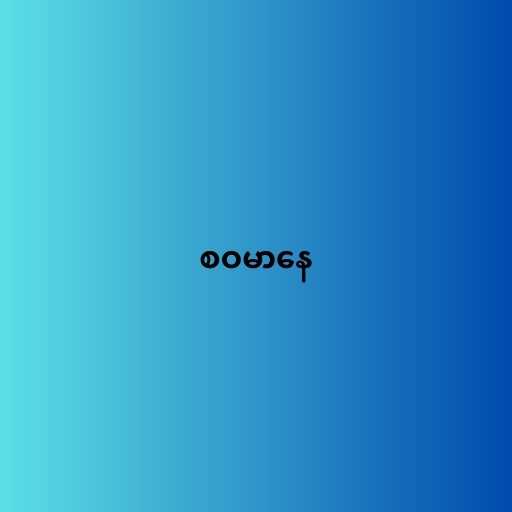
စဝမာနေ